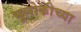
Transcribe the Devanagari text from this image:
भूलोकीच्या